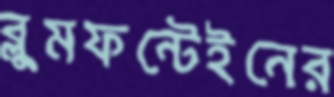
ব্লুমফন্টেইনের